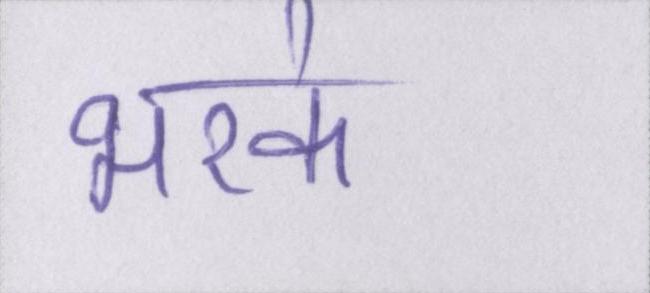
भरके